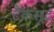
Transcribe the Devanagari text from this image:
टैंकसूट